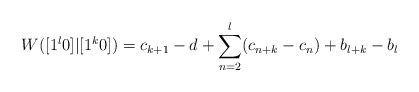
\begin{align*}W([1^l0]|[1^k0]) = c_{k+1} - d + \sum_{n=2}^{l}(c_{n+k} - c_n) + b_{l+k} - b_l\end{align*}